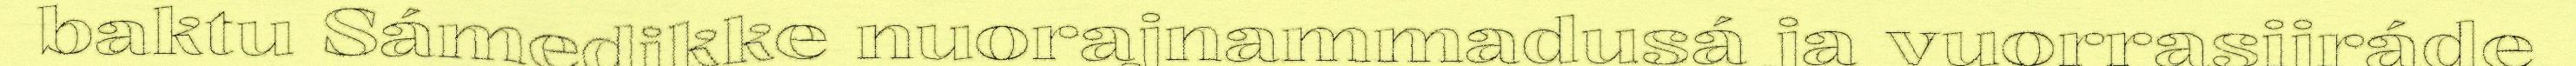
baktu Sámedikke nuorajnammadusá ja vuorrasijráde